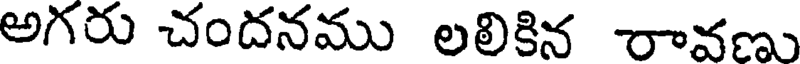
అగరు చందనము లలికిన రావణు